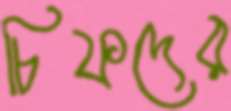
চিফদের